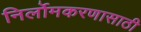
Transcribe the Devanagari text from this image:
निर्लोमकरणासाठी